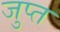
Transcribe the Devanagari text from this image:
जुप्त